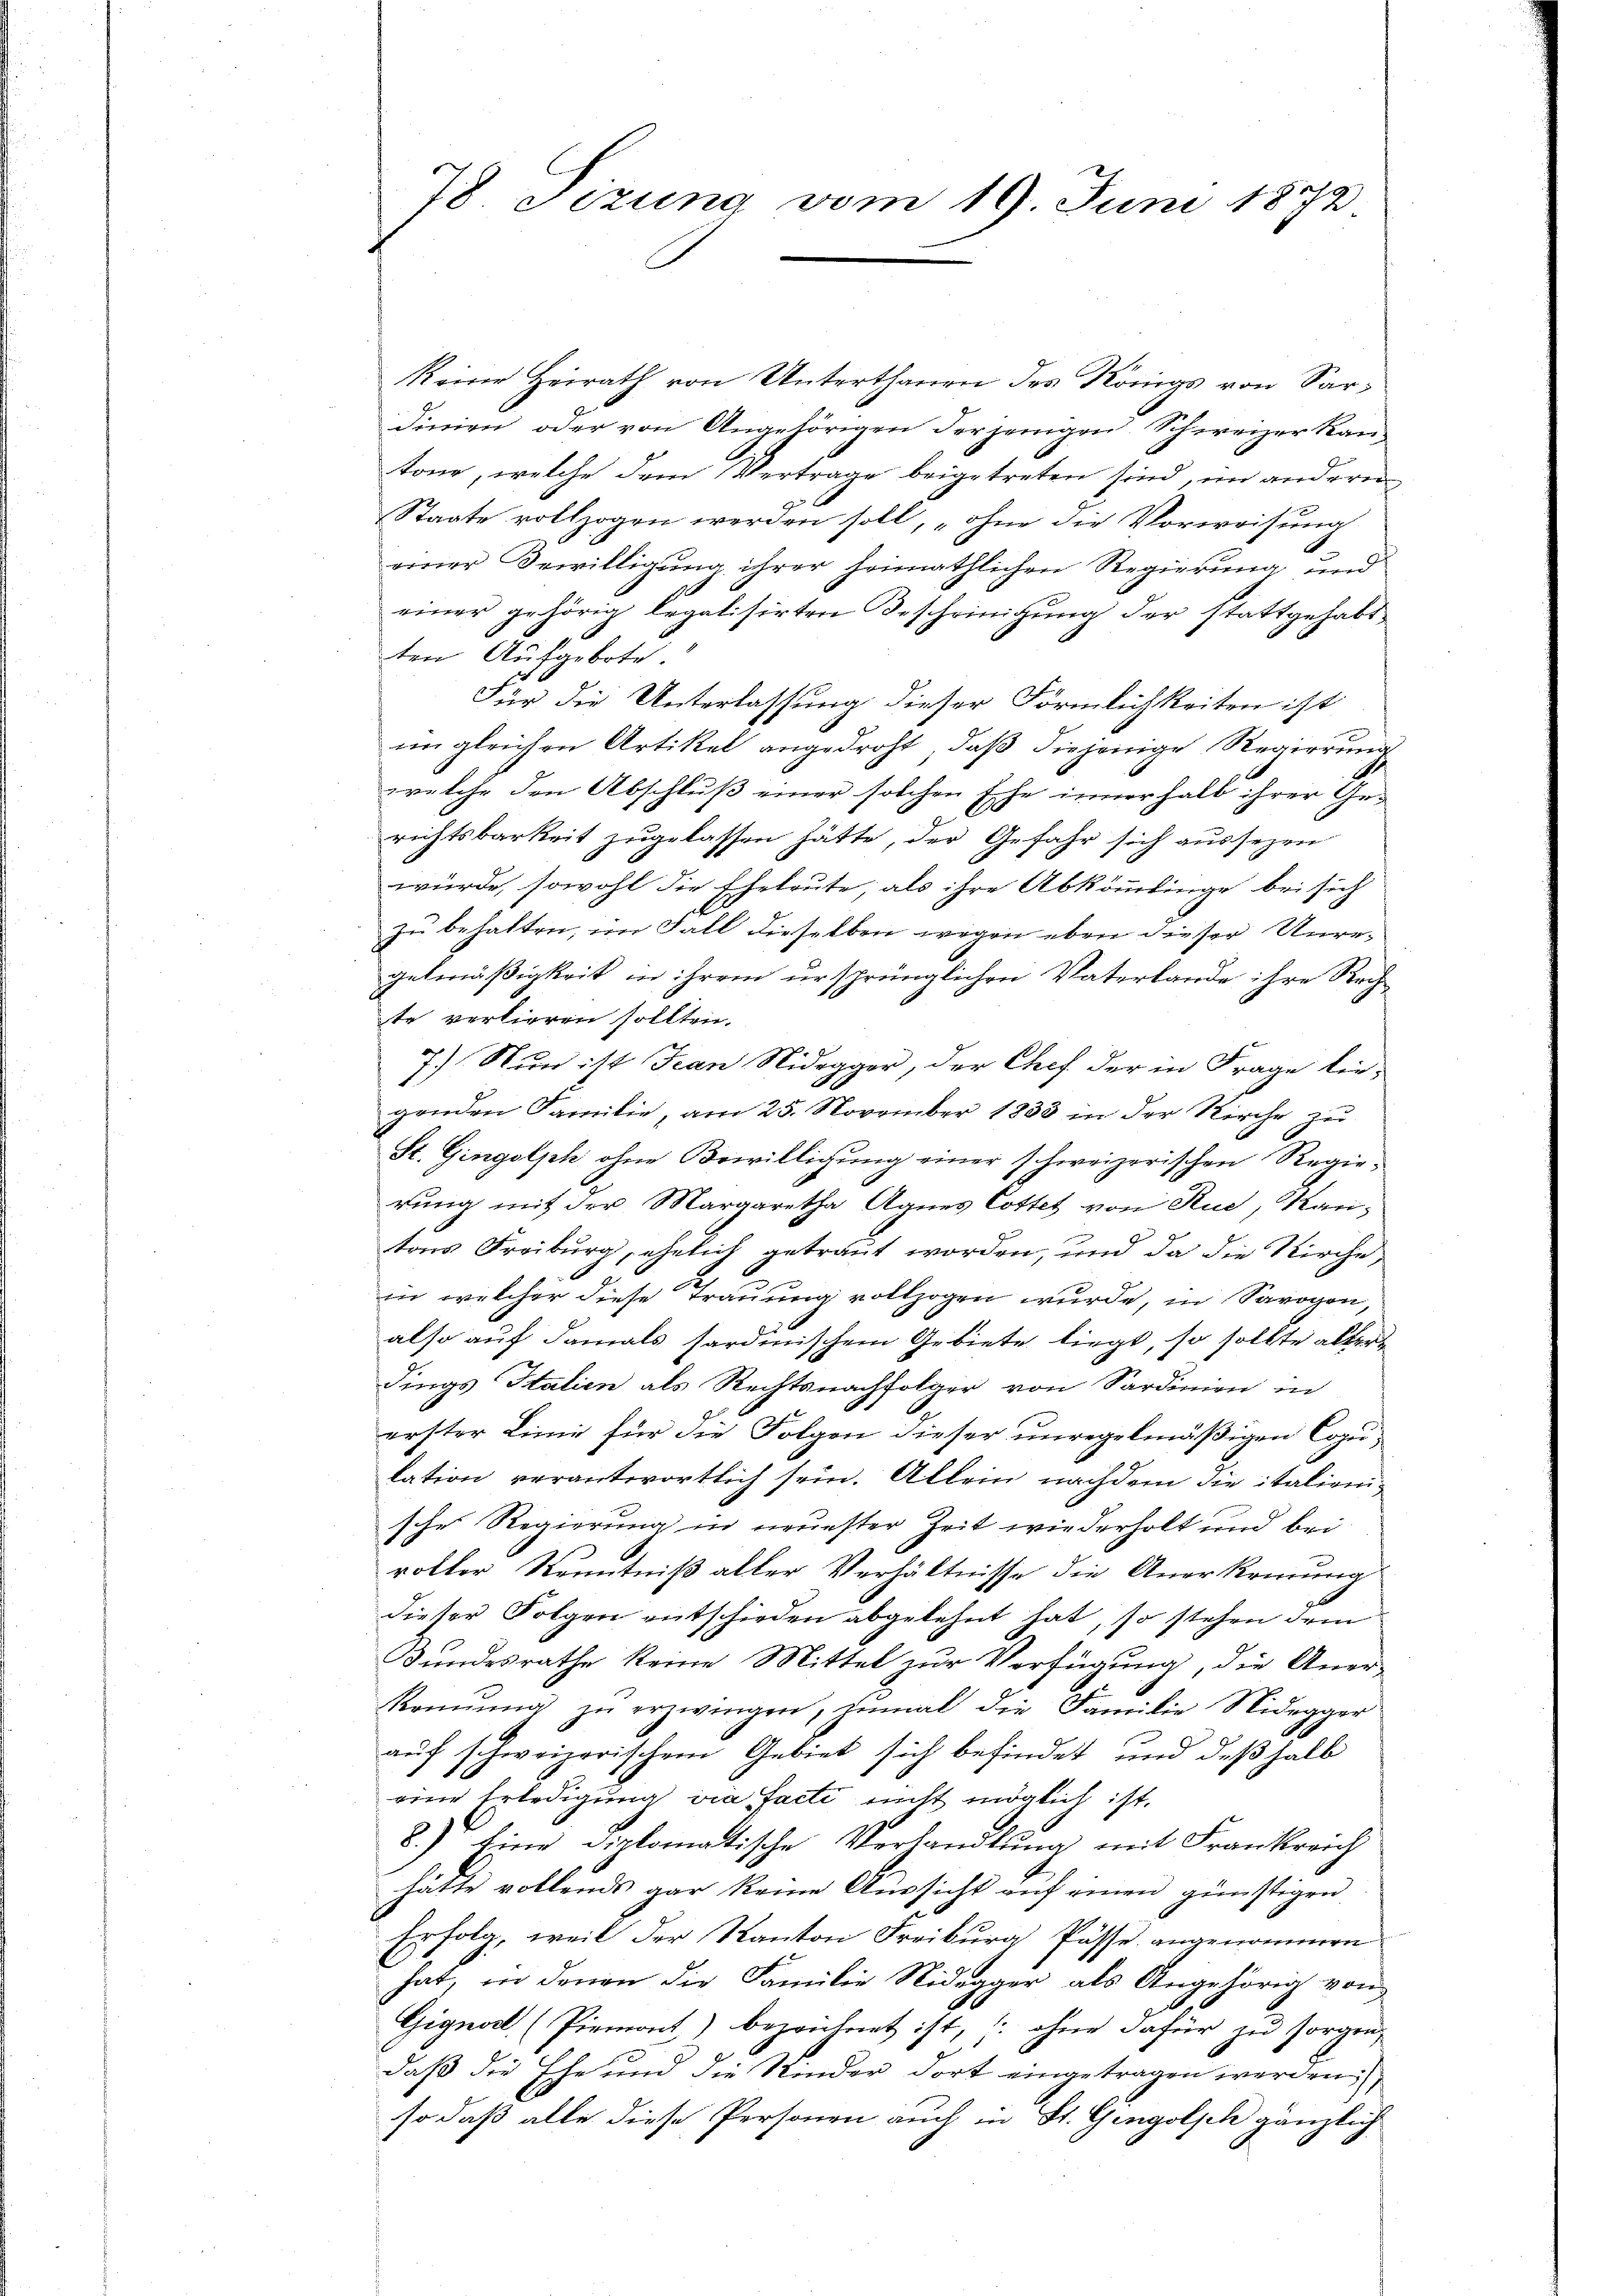
78 Sizung vom 19. Juni 1872

keine Heirath von Unterthanen des Königs von Sardinien, oder von Angehörigen derjenigen Schweizer Kantone, welche dem Vertrage beigetreten sind, im andern
Staate vollzogen werden soll, „ohne die Vorweisung
d
einer Bewilligung ihrer heimathlichen Regierung und
1
einer gehörig legalisirten Bescheinigung der stattgehabt
ten Aufgebote.
Für die Unterlassung dieser Förmlichkeiten ist
im gleichen Artikel angedroht, daß diejenige Regierung
welche den Abschluß einer solchen Ehe innerhalb ihrer Ge-
richtsbarkeit zugelassen hätte, der Gefahr sich aussezen
würde, sowohl die Eheleute; als ihre Abkömmlinge bei sich
zu behalten, im Fall dieselben wegen eben dieser Unregelmäßigkeit in ihrem ursprünglichen Vaterlande ihre Rech
te verlieren sollten.
7.) Nun ist Jean Nidegger, der Chef der in Frage beigenden Familie, am 25. November 1833 in der Kirche zu
St. Gingolsch ohne Bewilligung einer schweizerischen Regierung mit der Margaretha Agnes Cottet von Rue, Kantons Freiburg, ehelich getraut worden, und da die Kirche
in welcher diese Trauung vollzogen wurde, in Sarogen,
also auf damals hardinischem Gebiete liegt, so sollte altera
dings Italien als Rechtsnachfolger von Sardinien in
erster Linie für die Folgen dieser unregelmäßigen Copulation verantwortlich sein. Allein nachdem die italienische Regierung in neuester Zeit wiederholt und bei
rotter Kenntniß aller Verhältnisse die Anerkennung
dieser Folgen entschieden abgelehnt hat, so stehen dem
Bundesrathe keine Mittel zur Verfügung, die Aner-
konŭng zŭ erzwingen, zumal die Familie Nidegger
auf schweizerischem Gebiet sich befindet, und deßhalb
eine Erledigung via Facti nicht möglich ist.
8.) Eine Diplomatische Verhandlung mit Frankreich
hätte vollends gar keine Aussicht auf einen günstigen
Erfolg, weil der Kanton Freiburg Pässe angenommen
hat, in denen die Familie Nidegger als Angehörig von
Gignod (Piemont) bezeichnet ist, (: ohne dafür zu sorgen,
daß die Ehe und die Kinder dort eingetragen werden.)
so daß alle diese Personen auch in St. Gingolsch gänzlich